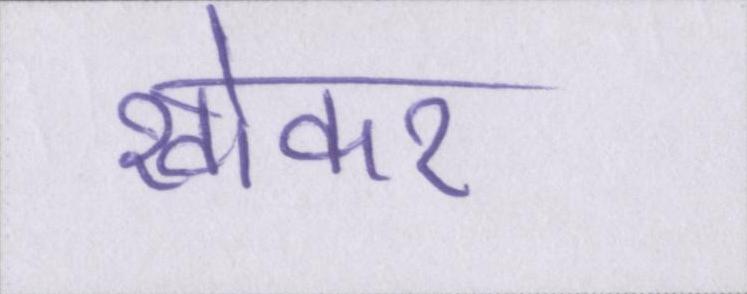
खोकर